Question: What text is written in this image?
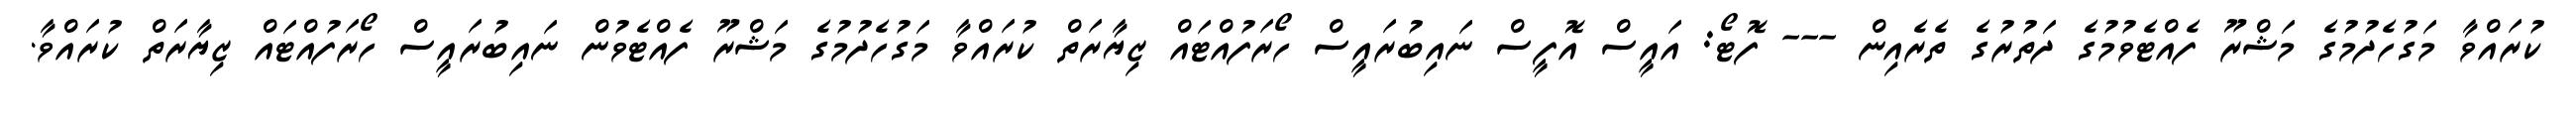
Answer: ކުރައްވާ މަގުހެދުމުގެ މަޝްރޫ ފެއްޓެވުމުގެ ދަތުރުގެ ތެރެއިން --- ފޮޓޯ: އައީސް އޮފީސް ނައިބުރައީސް ހޯރަފުއްޓައް ޒިޔާރަތް ކުރައްވާ މަގުހެދުމުގެ މަޝްރޫ ފެއްޓެވުން ނައިބުރައީސް ހޯރަފުއްޓައް ޒިޔާރަތް ކުރައްވާ.